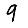
Digit: 9